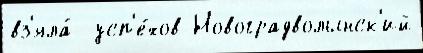
вз'яла́  усп'е́хов Новоградволынск'ий